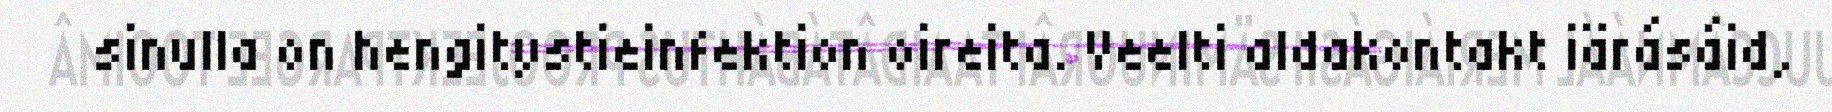
sinulla on hengitystieinfektion oireita. Veelti aldakontakt iärásáid,